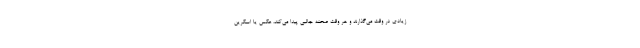
زیادی در وقت می‌گذارند و هر وقت صحنه جالبی پیدا می‌کند، عکس یا اسکرین